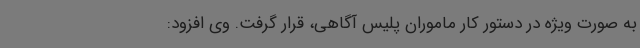
به صورت ویژه در دستور کار ماموران پلیس آگاهی، قرار گرفت. وی افزود: